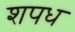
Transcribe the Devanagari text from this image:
शपध